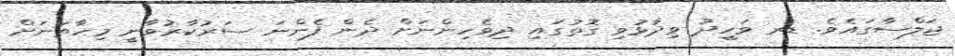
ޖަލްސާގައެވެ. ޑރ ވަހީދު ވިދާޅުވި ގޮތުގައި ދިވެހިންނަށް ދެން ފެންނަ ސަރުކާރުވާނީ މިހާތަނަށް